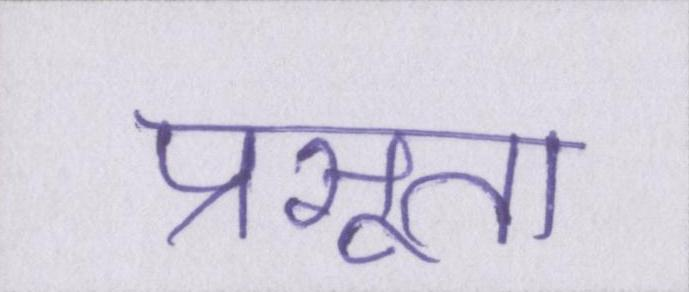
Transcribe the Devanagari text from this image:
प्रसूता